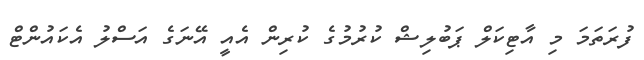
ފުރަތަމަ މި އާޓިކަލް ޕަބުލިޝް ކުރުމުގެ ކުރިން އެއީ އޭނަގެ އަސްލު އެކައުންޓް